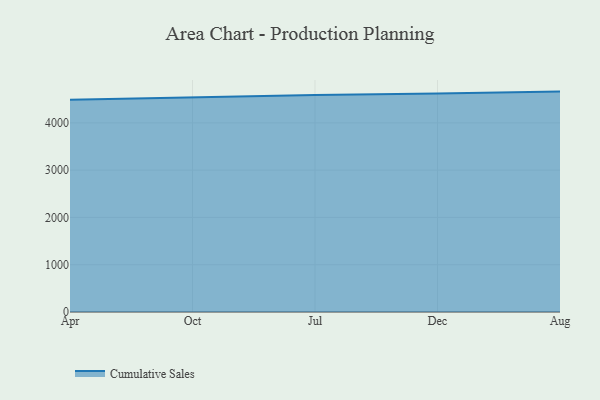
{"axis": {"x": "Month", "y": "LTV (USD)"}, "legend": ["Cumulative Sales"], "data": [{"x": "Apr", "y": 4489.0, "type": "Cumulative Sales"}, {"x": "Oct", "y": 4542.5, "type": "Cumulative Sales"}, {"x": "Jul", "y": 4587.9, "type": "Cumulative Sales"}, {"x": "Dec", "y": 4623.2, "type": "Cumulative Sales"}, {"x": "Aug", "y": 4661.0, "type": "Cumulative Sales"}]}